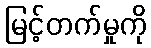
မြင့်တက်မှုကို